Lunatic asylums Bombay report 1878-1890 - 1878-1890
Year: 1878
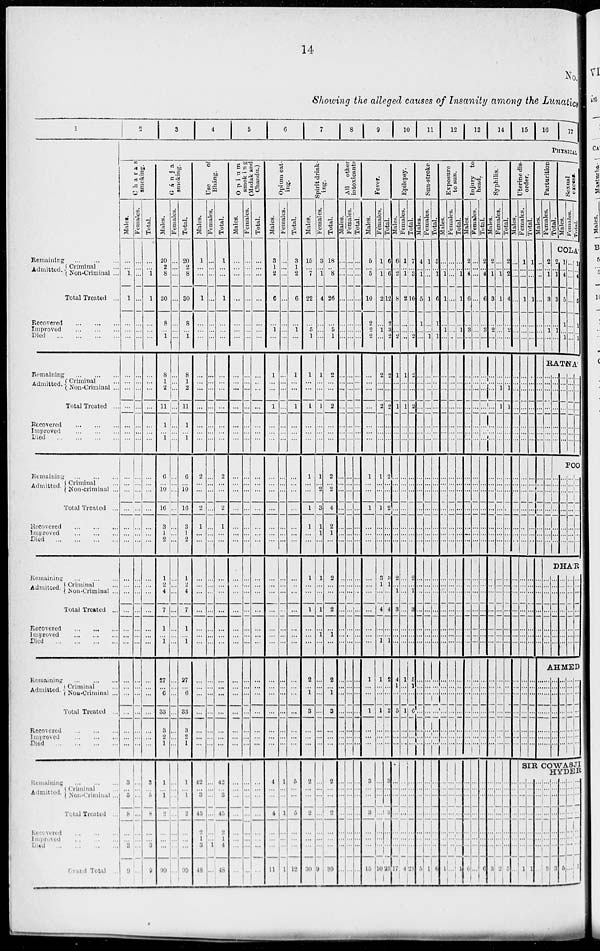
14
No.
Showing the alleged causes of Insanity among the Lunatics
1
Remaining
...
...
...
Admitted. Criminal ...
Non-Criminal ...
Total Treated ...
Recovered
...
...
...
Improved
...
...
...
Died ... ... ... ...
Remaining
...
...
...
Admitted. Criminal ...
Non-Criminal ...
Total Treated ...
Recovered
...
...
...
Improved
...
...
...
Died
...
...
...
...
Remaining ... ... ...
Admitted. Criminal ...
Non-criminal ...
Total Treated ...
Recovered
...
...
...
Improved
...
...
...
Died
...
...
...
...
Remaining ... ... ...
Admitted. Criminal ...
Non-Criminal ...
Total Treated ...
Recovered ... ... ...
lmproved ... ... ...
Died
...
...
...
...
Remaining
...
...
...
Admitted. Crminal ...
Now-Criminal ...
Total Treated ...
Recovered
...
...
...
Improved
...
...
...
Died ... ... ... ...
Remaining
...
...
...
Admitted. Criminal ...
Non-Criminal ...
Total Treated ...
Recevered
...
...
...
Improved ... ... ...
Died
...
...
...
...
Grand Total ...
2
3
4
5
6
7
8 9
10
11
12
13
14
15 16
17
PHYSICAL
Charas
smoking.
Males.
...
...
1
1
...
...
...
...
...
...
...
...
...
...
...
...
...
...
...
...
...
...
...
...
...
...
...
...
...
...
...
...
...
...
...
3
...
6
8
...
...
3
9
Females.
...
...
...
...
...
...
...
...
...
...
...
...
...
...
...
...
...
...
...
... ...
...
...
...
...
...
...
...
...
...
...
...
...
...
...
...
...
...
...
...
...
...
...
Total.
...
...
1
1
...
...
...
...
...
...
...
...
...
...
...
...
...
...
...
...
...
...
...
...
...
...
...
...
...
...
...
...
...
...
...
3
...
6
8
...
...
3
8
Gánja
smoking.
Males.
20
2
8
30
8
...
1
8
1
2
11
1
...
1
6
...
10
16
3
1
2
1
2
4
7
1
...
1
27
...
6
33
3
2
1
1
...
1
2
...
...
...
99
Females.
...
...
...
...
...
...
...
...
...
...
...
...
...
...
...
...
...
...
...
...
...
...
...
...
...
...
...
...
...
...
...
...
...
...
...
...
...
...
...
...
...
...
...
Total.
20
2
8
30
8
...
1
8
1
2
11
1
...
1
6
...
10
16
3
1
2
1
2
4
7
1
...
1
27
...
6
33
3
2
1
1
...
1
2
...
...
...
99
Use
of
Bhang.
Males.
1
...
...
1
...
...
...
...
...
...
...
...
...
...
2
...
...
2
1
...
...
...
...
...
...
...
...
...
...
...
...
...
...
...
...
42
...
3
45
2
1
3
48
Females.
...
...
...
...
...
...
...
...
...
...
...
...
...
...
...
...
...
...
...
...
...
...
...
...
...
...
...
...
...
...
...
...
...
...
...
...
...
...
...
...
...
1
...
Total.
1
...
...
1
...
...
...
...
...
...
...
...
...
...
2
...
...
2
1
...
...
...
...
...
...
...
...
...
...
...
...
...
...
...
...
42
... 3
45
2
1
4
48
Opium
smoking
(Madak and
Chandu.)
Males.
...
...
...
...
...
...
...
...
...
...
...
...
...
...
...
...
...
...
...
...
...
...
...
...
...
...
...
...
...
...
...
...
...
...
...
...
...
...
...
...
...
...
...
Females.
...
...
...
...
...
...
...
...
...
...
...
...
...
...
...
...
...
...
...
...
...
...
...
...
...
...
...
...
...
...
...
...
...
...
...
...
...
...
...
...
...
...
...
Total.
...
...
...
...
...
...
...
...
...
...
...
...
...
...
...
...
...
...
...
...
...
...
...
...
...
...
...
...
...
...
...
...
...
...
...
...
...
...
...
...
...
...
...
Opium eat-
ing.
Males.
3
1
2
6
...
1
...
1
...
...
1
...
...
...
...
...
...
...
...
...
...
...
...
...
...
...
...
...
...
...
...
...
...
...
...
4
...
...
4
...
...
...
11
Females.
...
...
...
...
...
...
...
...
...
...
...
...
...
...
...
...
...
...
...
... ...
...
...
...
...
...
...
...
...
...
...
...
...
...
...
1
...
...
1
...
...
...
1
Total.
3
1
2
6
...
1
...
1
...
...
1
...
...
...
...
...
...
...
...
...
...
...
...
...
...
...
...
...
...
...
...
...
...
...
...
5
...
...
5
...
...
...
12
Spirit drink-
ing.
Males.
15
...
7
22
...
5
1
1
...
...
1
...
...
...
1
...
...
1
1
...
...
1
...
...
1
...
...
...
2
...
...
3
...
...
...
2
...
...
2
...
...
...
30
Females.
3
...
1
4
...
...
...
1
...
...
1
...
...
...
1
...
2
3
1
1
...
1
...
...
1
...
1
...
...
...
...
...
...
...
...
...
...
...
...
...
...
...
9
Total.
18
...
8
26
...
5
1
2
...
...
2
...
...
...
2
...
2
4
2
1
...
2
...
...
2
...
1
...
2
...
...
3
...
...
...
2
...
...
2
...
...
...
39
All other
intoxicants
Males.
...
...
...
...
...
...
...
...
...
...
...
...
...
...
...
...
...
...
...
...
...
...
...
...
...
...
...
...
...
...
...
...
...
...
...
...
...
...
...
...
...
...
...
Females.
...
...
...
...
...
...
...
...
...
...
...
...
...
...
...
...
...
...
...
...
...
...
...
...
...
...
...
...
...
...
...
...
...
...
...
...
...
...
...
...
...
...
...
Total.
...
...
...
...
...
...
...
...
...
...
...
...
...
...
...
...
...
...
...
...
...
...
...
...
...
...
...
...
...
...
...
...
...
...
...
...
...
...
...
...
...
...
Fever.
Males.
5
...
5
10
2
2
2
...
...
...
...
...
...
...
1
...
...
1
...
...
...
...
...
...
...
...
...
...
1
...
...
1
...
...
...
3
...
...
3
...
...
...
15
Females.
1
...
1
2
...
1
...
2
...
...
2
...
...
...
1
...
...
1
...
...
...
3
1
...
4
...
...
1
1
...
...
1
...
...
...
...
...
...
...
...
...
...
10
Total.
6
...
6
12
2
3
2
2
...
...
2
...
...
...
2
...
...
2
...
...
...
3
1
...
4
...
...
1
2
...
...
2
...
...
...
3
...
...
3
...
...
...
25
Epilepsy.
Males.
6
...
2
8
...
...
2
1
...
...
1
...
...
...
...
...
...
...
...
...
...
2
...
1
3
...
...
...
4
...
...
5
...
...
...
...
...
...
...
...
...
...
17
Females.
1
...
1
2
...
...
...
1
...
...
1
...
...
...
...
...
...
...
...
...
...
...
...
...
...
...
...
...
1
...
...
1
...
...
...
...
...
...
...
...
...
...
4
Total.
7
...
3
10
...
...
2
2
...
...
2
...
...
...
...
...
...
...
...
...
...
2
...
1
3
...
...
...
5
...
...
6
...
...
...
...
...
...
...
...
...
...
21
Sun-stroke.
Males.
4
...
1
5
1
...
...
...
...
...
...
...
...
...
...
...
...
...
...
...
...
...
...
...
...
...
...
...
...
...
...
...
...
...
...
...
...
...
...
...
...
...
5
Females.
1
...
...
1
...
...
1
...
...
...
...
...
...
...
...
...
...
...
...
...
...
...
...
...
...
...
...
...
...
...
...
...
...
...
...
...
...
...
...
...
...
...
1
Total.
5
... 1
6
1
... 1
...
...
...
...
...
...
...
...
...
...
...
...
... ...
...
...
...
...
...
...
...
...
...
...
...
...
...
...
...
...
...
...
...
...
...
6
Exposure
to sun.
Males.
...
... 1
1
...
1
...
...
...
...
...
...
...
...
...
...
...
...
...
... ...
...
...
...
...
...
...
...
...
...
...
...
...
...
...
...
...
...
...
...
...
...
1
Females.
...
...
...
...
...
...
...
...
...
...
...
...
...
...
...
...
...
...
...
...
...
...
...
...
...
...
...
...
...
...
...
...
...
...
...
...
...
...
...
...
...
...
...
Total.
...
...
1
1
...
1
...
...
...
...
...
...
...
...
...
...
...
...
...
...
...
...
...
...
...
...
...
...
...
...
...
...
...
...
...
...
...
...
...
...
...
...
1
Injury to
head.
Males.
2
...
4
6
...
3
...
...
...
...
...
...
...
...
...
...
...
...
...
...
...
...
...
...
...
...
...
...
...
...
...
...
...
...
...
...
...
...
...
...
...
...
6
Females.
...
...
...
...
...
...
...
...
...
...
...
...
...
...
...
...
...
...
...
...
...
...
...
...
...
...
...
...
...
...
...
...
...
...
...
...
...
...
...
...
...
...
Total.
2
...
4
6
...
3
...
...
...
...
...
...
...
...
...
...
...
...
...
...
...
...
...
...
...
...
...
...
...
...
...
...
...
...
...
...
...
...
...
...
...
...
6
Syphilis.
Males.
2
...
1
3
...
2
...
...
...
...
...
...
...
...
...
...
...
...
...
...
...
...
...
...
...
...
...
...
...
...
...
...
...
...
...
...
...
...
...
...
...
...
3
Females.
...
... 1
1
...
...
...
...
... 1
1
...
...
...
...
...
...
...
...
... ...
...
...
...
...
...
...
...
...
...
...
...
...
...
...
...
...
...
...
...
...
...
2
Total.
2
...
2
4
...
2
...
...
...
1
1
...
...
...
...
...
...
...
...
...
...
...
...
...
...
...
...
...
...
...
...
...
...
...
...
...
...
...
...
...
...
...
5
Uterine dis-
order.
Males.
...
...
...
...
...
...
...
...
...
...
...
...
...
...
...
...
...
...
...
...
...
...
...
...
...
...
...
...
...
...
...
...
...
...
...
...
...
...
...
...
...
...
...
Females.
1
...
...
1
...
...
...
...
...
...
...
...
...
...
...
...
...
...
...
...
...
...
...
...
...
...
...
...
...
...
...
...
...
...
...
Total.
1
...
...
1
...
...
...
...
...
...
...
...
...
...
...
...
...
...
...
...
...
...
...
...
...
...
...
...
...
...
...
...
...
...
...
Parturition.
Males.
...
...
...
...
...
...
...
...
...
...
...
...
...
...
...
...
...
...
...
...
...
...
...
...
...
...
...
...
Females.
2
...
1
3
...
1
...
Total.
Sexual
excess.
Males.
Females.
Total.
COLA'
2
...
1
3
...
1
...
1
...
4
5
1
...
1
...
...
...
...
...
...
...
1
...
4
5
1
...
1
RATNA'
...
...
...
...
...
...
...
...
...
...
...
...
...
...
...
...
...
...
...
...
...
...
...
...
...
...
...
...
...
...
...
...
...
...
...
...
...
...
...
...
...
...
POONA
...
...
...
...
...
...
...
...
...
...
...
...
...
...
...
...
...
...
...
...
...
...
...
...
...
...
...
...
DHA'R
...
...
...
...
...
...
...
...
...
...
...
...
...
...
...
...
...
...
...
...
...
...
...
...
...
...
...
...
...
...
...
...
...
...
...
AHMED
...
...
...
...
...
...
...
...
...
...
...
...
...
...
...
...
...
...
...
...
...
...
...
...
...
...
...
...
...
...
...
...
...
...
...
...
...
...
...
...
...
...
SIR COWASJI
HYDER
...
...
...
...
...
...
...
1
...
...
...
...
...
...
...
1
...
...
...
...
...
...
...
...
...
...
...
...
...
...
...
3
...
...
...
...
...
...
...
3
...
...
...
...
...
...
...
5
...
...
...
...
...
...
...
...
...
...
...
...
...
...
...
5